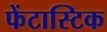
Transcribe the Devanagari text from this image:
फेंटास्टिक